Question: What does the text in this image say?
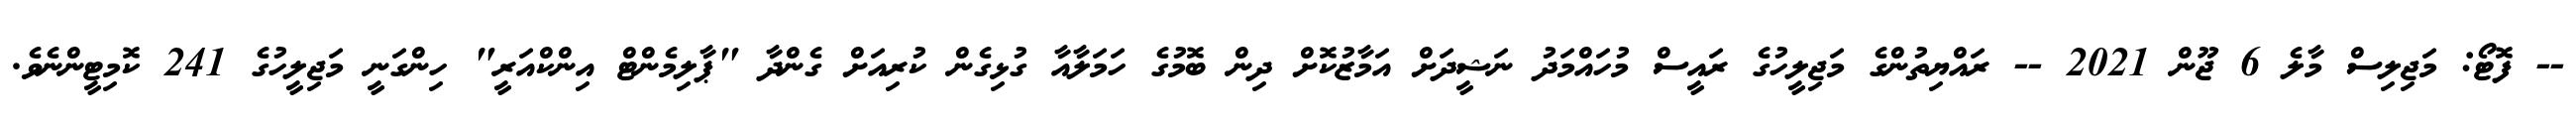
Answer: -- ފޮޓޯ: މަޖިލިސް މާލެ 6 ޖޫން 2021 -- ރައްޔިތުންގެ މަޖިލީހުގެ ރައީސް މުހައްމަދު ނަޝީދަށް އަމާޒުކޮށް ދިން ބޮމުގެ ހަމަލާއާ ގުޅިގެން ކުރިއަށް ގެންދާ "ޕާލިމެންޓް އިންކްއަރީ" ހިންގަނީ މަޖިލީހުގެ 241 ކޮމިޓީންނެވެ.